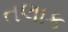
તલાક